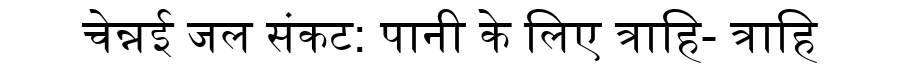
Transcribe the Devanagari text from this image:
चेन्नई जल संकट: पानी के लिए त्राहि- त्राहि